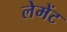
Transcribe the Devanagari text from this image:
लेमेंट